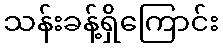
သန်းခန့်ရှိကြောင်း